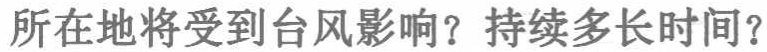
所在地将受到台风影响？持续多长时间？